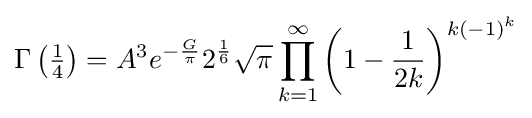
\Gamma \left({\tfrac {1}{4}}\right)=A^{3}e^{-{\frac {G}{\pi }}}2^{\frac {1}{6}}{\sqrt {\pi }}\prod _{k=1}^{\infty }\left(1-{\frac {1}{2k}}\right)^{k(-1)^{k}}